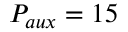
P _ { a u x } = 1 5